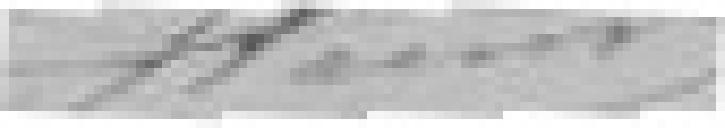
HENRIOT